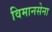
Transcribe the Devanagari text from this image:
विमानसेना